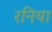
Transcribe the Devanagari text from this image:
रनिया